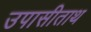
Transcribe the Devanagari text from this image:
उपासीताथ